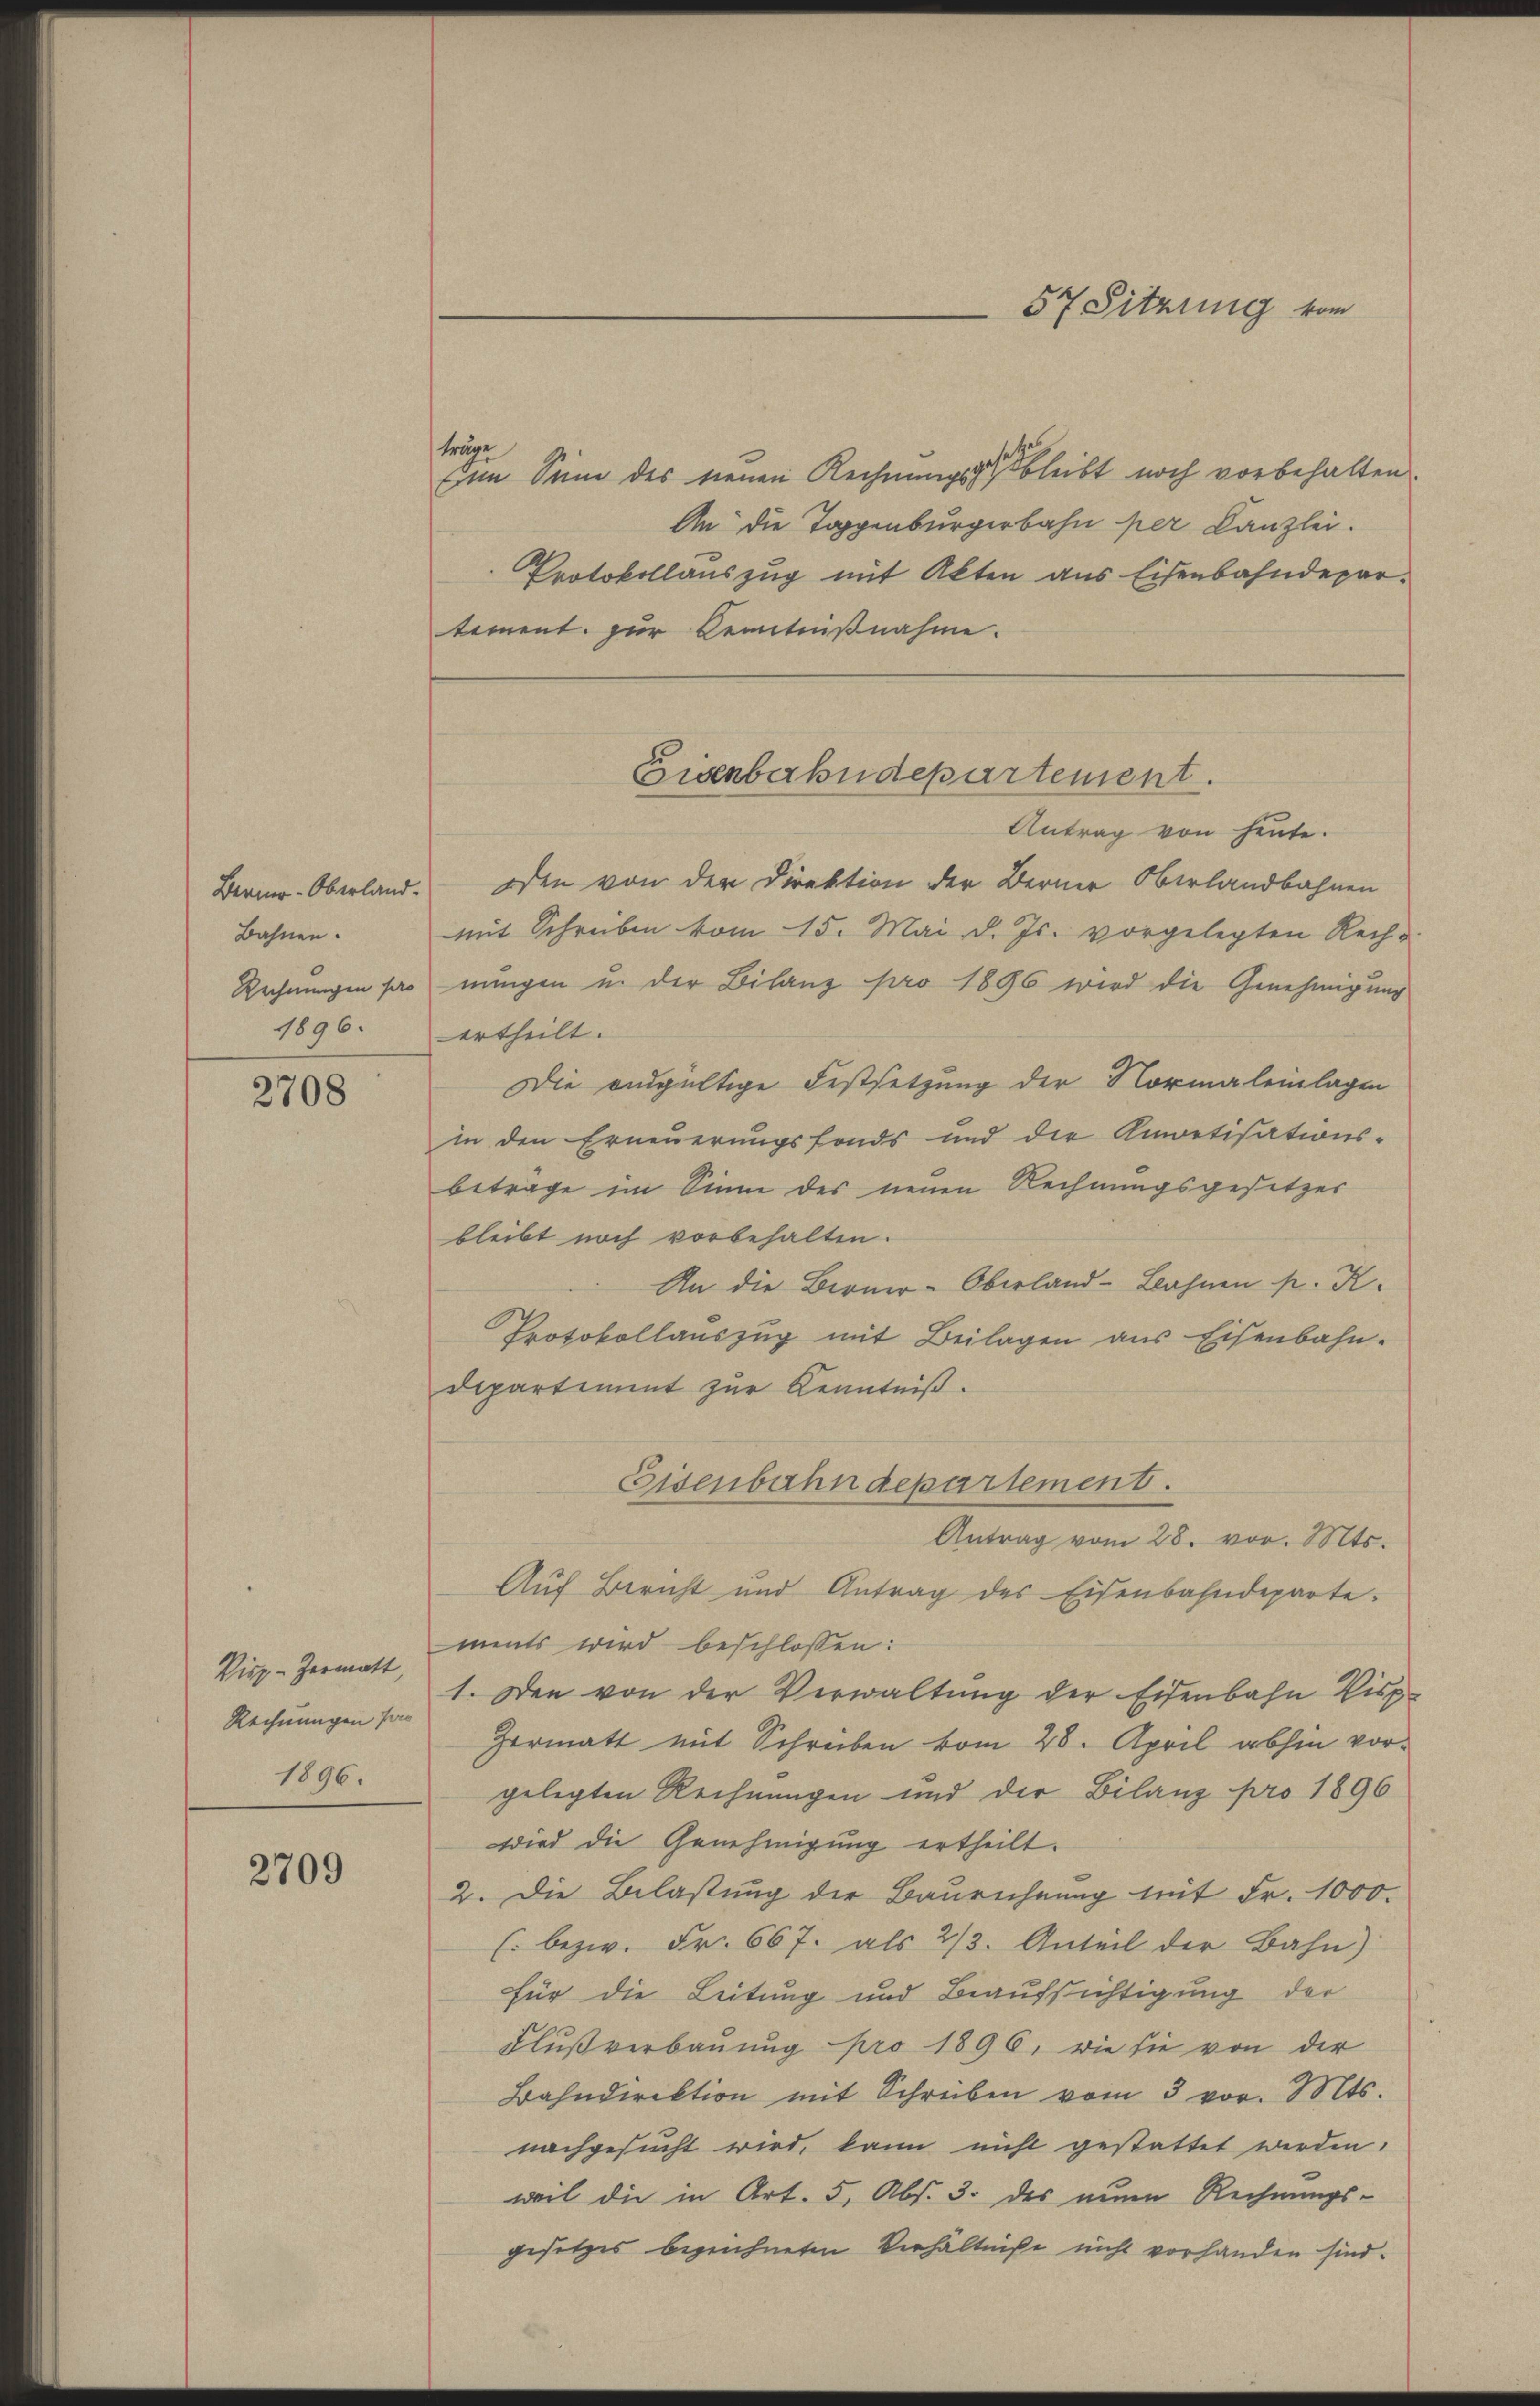
Berner-Oberland.
Bahnen.
Rechnungen pro
1896.

2708

Visz-Zermatt,
Rechnungen ha
1896.

2709

träge
Ein Sinne des neuen Rechnungsgut bleibt noch vorbehalten.
An die Toggenburgerbahn per Kanzlei.
Protokollauszug mit Akten aus Eisenbahndepartement. zur Kenntnißnahme.

Antrag von heute.
oden von der Direktion der Berner Oberlandbahnen
mit Schreiben vom 15. Mai d. Js. vorgelegten Rech-
nungen u. der Bilanz pro 1896 wird die Genehmigung
ertheilt.
Die endgültige Festsetzung der Normaleinlagen
in den Erneuerungsfonds und der Amortisations-
betrage im Sinne des neuen Rechnungsgesetzes
bleibt noch vorbehalten.
An die Berner-Oberland-Bahnen pr. K.
Protokollauszug mit Beilagen aus Eisenbahn-
Departiment zur Kenntniß.
Antrag vom 28. vor. Mts.
Auf Bericht und Antrag des Eisenbahndeparte:
ments wird beschlossen:
1. Den von der Verwaltŭng der Eisenbahn Disp.
Hermatt mit Schreiben vom 28. April abhin vor-
gelegten Rechnungen und der Bilanz pro 1896
wird die Genehmigung ertheilt.
2. Die Belastung der Baurechnung mit Fr. 1000.
(. bezw. Fr. 667. als 2/3. Anteil der Bahn)
für die Leitung und Beaufsichtigung der
Flußverbauung pro 1896, wie sie von der
Bahndirektion mit Schreiben vom 3 vor. Mts.
nachgesucht wird, kann nicht gestattet werden.
weil die in Art. 5, Abs. 3. des neuen Rechnungs-
gesetzes bezeichneten Verhältniße nicht vorhanden sind.

Eisenbahndepartement.

Eisenbahndepartement.

57 Sitzung vom